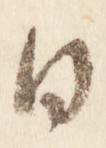
日